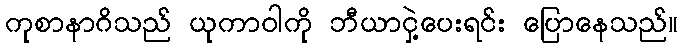
ကုစာနာဂိသည် ယုကာဝါကို ဘီယာငှဲ့ပေးရင်း ပြောနေသည်။